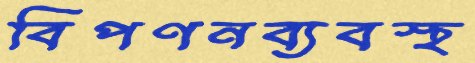
বিপণনব্যবস্থ